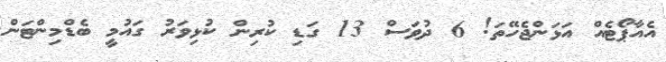
އެއާޕޯޓެއް އަޅަންޖެހޭތަ! 6 ދުވަސް 13 ގަޑި ކުރިން ކުޅިވަރު ގައުމީ ބެޑްމިންޓަން